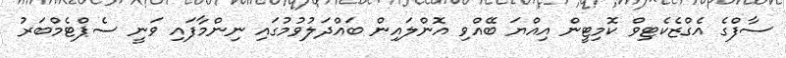
ސާފްގެ އެގްޒެކެޓިވް ކޮމިޓީން އިއްޔަ ބޭއްވި އޮންލައިން ބައްދަލުވުމުގައި ނިންމާފައި ވަނީ ސެޕްޓެމްބަރު